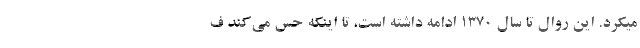
میکرد. این روال تا سال ۱۳۷۰ ادامه داشته است، تا اینکه حس می‌کند ف